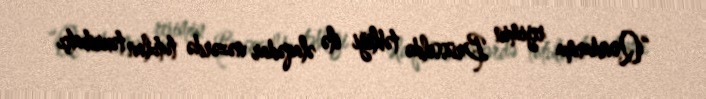
“Qondarma rejimin Brüsseldə təbliği ilə əlaqədar nəzərdə tutulan təxribatçı